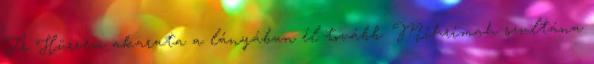
Fr Hürrem akarata a lányában él tovább. Mihrimah szultána